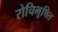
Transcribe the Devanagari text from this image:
रोचिभूषित